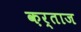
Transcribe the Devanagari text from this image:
क़र्ताज